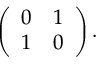
\left( \begin{array} { c c } { { 0 } } & { { 1 } } \\ { { 1 } } & { { 0 } } \end{array} \right) .